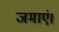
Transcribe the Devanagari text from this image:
जमाएं।